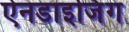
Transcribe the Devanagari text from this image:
ऐनडाइजिंग